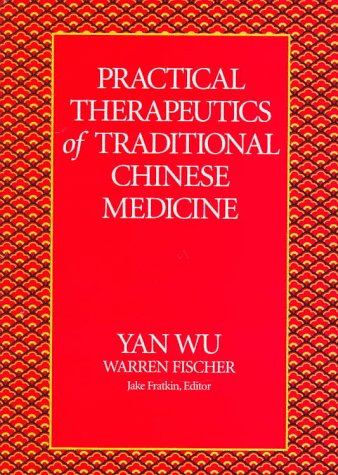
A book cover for Practical Therapeutics of Traditional Chinese Medicine (Paradigm title); Yan Wu; Health, Fitness & Dieting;